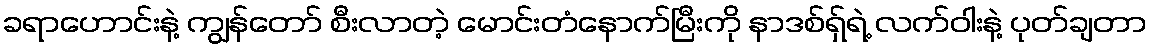
ခရာဟောင်းနဲ့ ကျွန်တော် စီးလာတဲ့ မောင်းတံနောက်မြီးကို နာဒစ်ရှ်ရဲ့ လက်ဝါးနဲ့ ပုတ်ချတာ